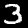
Label: 3